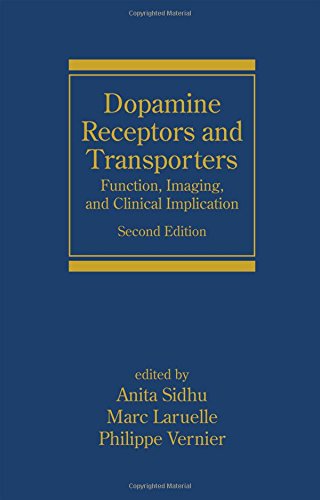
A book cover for Dopamine Receptors and Transporters: Function, Imaging and Clinical Implication, Second Edition (Neurological Disease and Therapy) (v. 56); Medical Books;